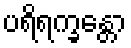
ပရိရက္ခန္တော